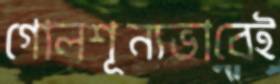
গোলশূন্যভাবেই